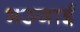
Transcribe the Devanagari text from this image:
भउजाई